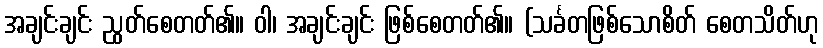
အချင်းချင်း ညွတ်စေတတ်၏။ ဝါ၊ အချင်းချင်း ဖြစ်စေတတ်၏။ (သင်္ခတဖြစ်သောစိတ် စေတသိတ်ဟု